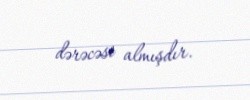
dərəcəsi almışdır.